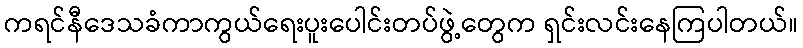
ကရင်နီဒေသခံကာကွယ်ရေးပူးပေါင်းတပ်ဖွဲ့တွေက ရှင်းလင်းနေကြပါတယ်။